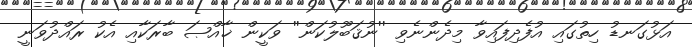
އަޅުގަނޑު ހިތުގައި އުފެދިފައިވާ މިދެންނެވި ''ނުޤަބޫލުކަން'' ވަކީން ޚާއްޞަ ބާރަކާއި އެކު ރައްދުވަނީ